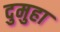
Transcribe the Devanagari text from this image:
दुमुहा